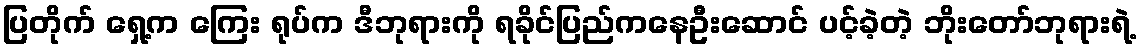
ပြတိုက် ရှေ့က ကြေး ရုပ်က ဒီဘုရားကို ရခိုင်ပြည်ကနေဦးဆောင် ပင့်ခဲ့တဲ့ ဘိုးတော်ဘုရားရဲ့